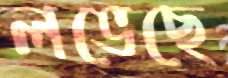
লভেছে